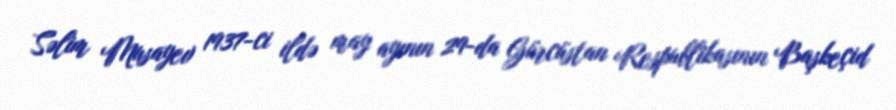
Səlim Musayev 1937-ci ildə may ayının 29-da Gürcüstan Respublikasının Başkeçid